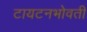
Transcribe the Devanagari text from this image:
टायटनभोवती